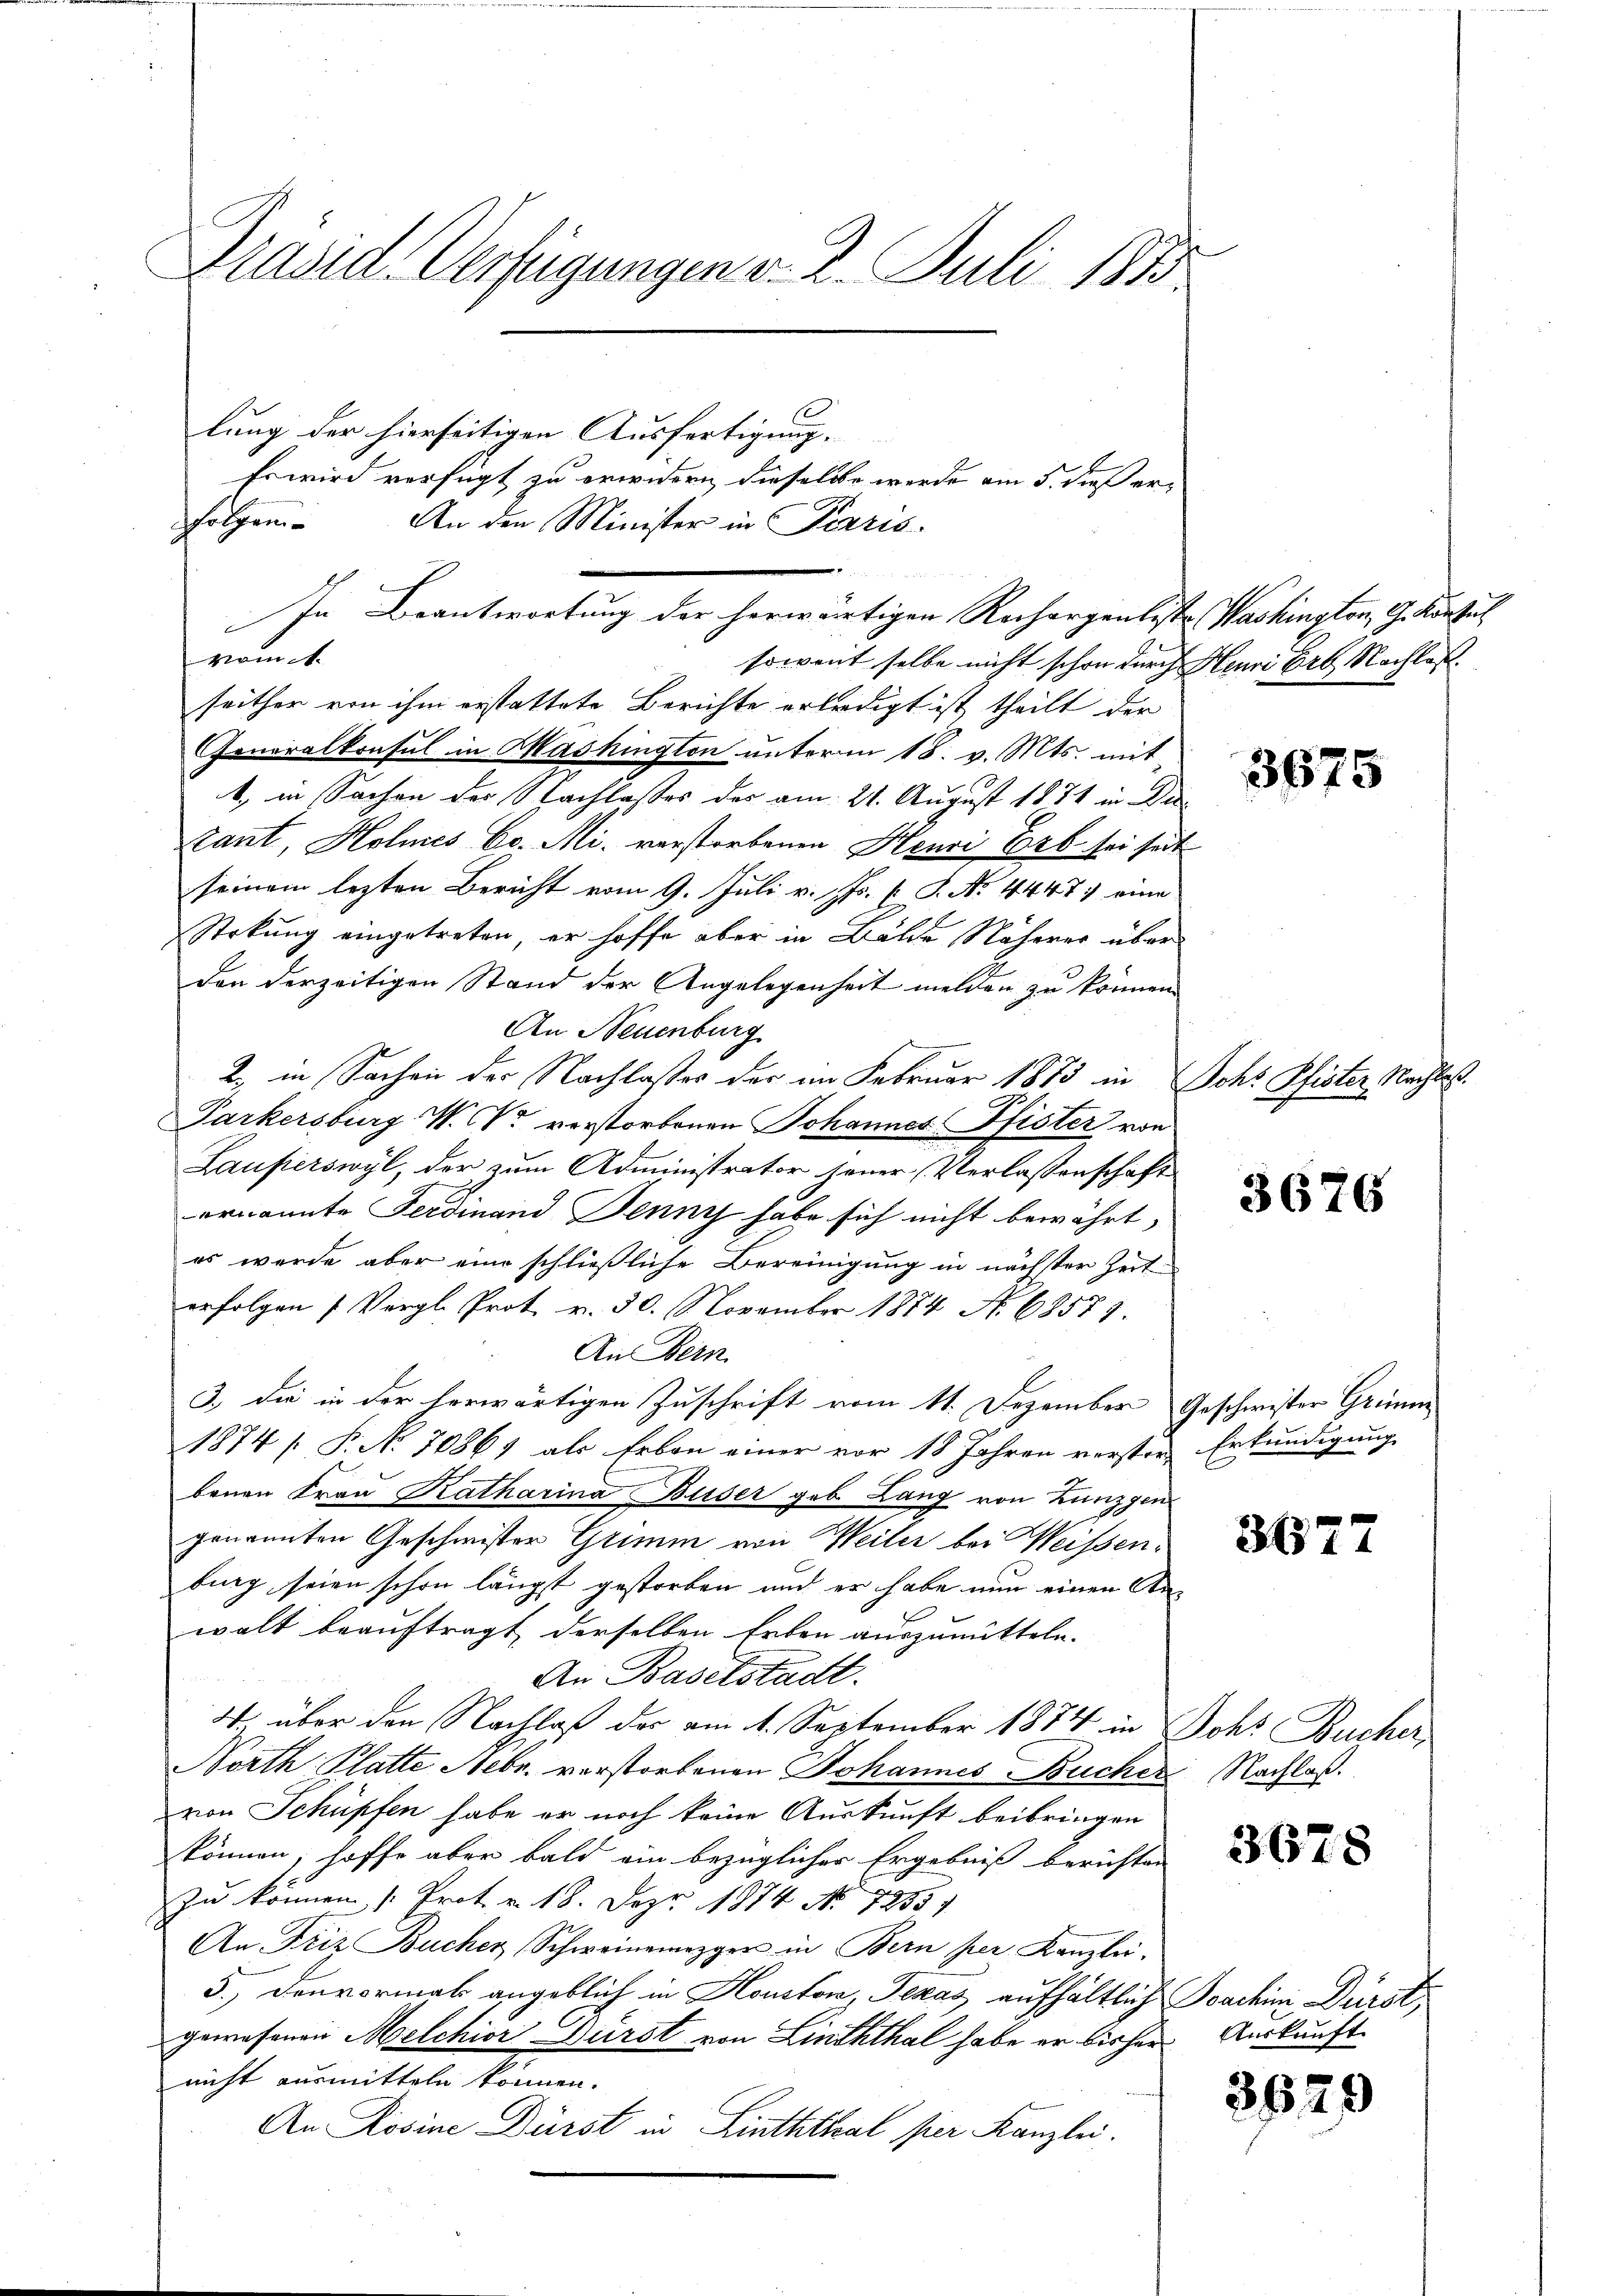
Präsid. Verfügungen v. 2. Juli 1833.

lung der hierseitigen Ausfertigung.
Mamt.
soweit selbe nicht schon durch Neuri Erb Nachlaßseither von ihm erstattete Berichte erledigt ist, theilt der
Generalkonsul in Washington unterm 18. v. Mts. mit
b, in Sachen des Nachlasses des am 21. August 1871 in Ditant, Holmes Co. Mi. verstorbenen Henri Erb sei seit
seinem lezten Bericht vom 9. Juli v. Js. k. P. Nr. 4447) eine
Strkung eingetreten, er hoffe aber in Bälde Näherer über
den derzeitigen Stand der Angelegenheit melden zu können.
An Neuenburg
2, in Sachen der Nachlasses der im Februar 1873 in Johs Pfister Nachtes.
Parkersburg W. CV. verstorbenen Johannes Pfister von
Lauperswyl, der zum Administrator jener Verlassenschaft
ernannte Ferdinand Jenny habe sich nicht bewährt,
es wurde aber eine schließliche Bereinigung in nächsten Zeit-
erfolgen (Vergl. Prot v. 30. November 1874 No. 68579.
An Bern.
3.) Die in der herwärtigen Zuschrift vom 11. Dezember Geschwister Grimm
1874 [ P. No 70869 als Erbon einer vor 18 Jahren verster Erkundigung
benen Frau Katharina Buser geb. Lang von Lunzgen
genannten Geschwister Grimm von Weiler bei Weissenburg seien schon längst gestorben und er habe nun einen Anwalt beauftragt, derselben Erben auszumitteln.
An Baselstadt.
4 über den Nachlaß der am 1. September 1874 in Johs Bucher
North Platte Nebr. vorstorbenen Johannes Bucher Nachlaß.
von Schüpfen habe er noch keine Auskunft beibringen
können; hoffe aber bald ein bezüglicher Ergebniß berichten
zu können Prot. v. 18. Dez. 1874. No. 19857
An Friz Bucher, Schweinemezger in Bern per Kanzlei.
5.) Denvormals angeblich in Houston, Texas aufhältlich Joachini Dürst
gewesenen Melchior Dürst von Linththal habe er bisher Auskunft
nicht ausmitteln können.
An Rosine Dürst in Linththal per Kanzlei.

Es wird verfügt zu erwidern, dieselbe werde am 5. dieß er
folgen. An den Minister in Paris.
In Beantwortung der herwärtigen Rechargenteste Washington, G. Konsul

3675

3676

3627

3678

3629